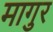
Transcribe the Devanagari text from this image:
मागुर